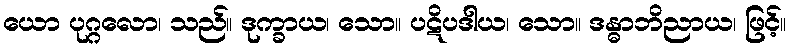
ယော ပုဂ္ဂလော၊ သည်။ ဒုက္ခာယ၊ သော။ ပဋိပဒါယ၊ သော။ ဒန္ဓာဘိညာယ၊ ဖြင့်။